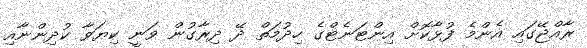
ރާއްޖޭގައި އެންމެ ފުޅާކޮށް އިންޓަނެޓްގެ ހިދުމަތް ދޭ ދިރާގުން ވަނީ ކިޔަވާ ކުދިންނާއި